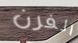
الفرن